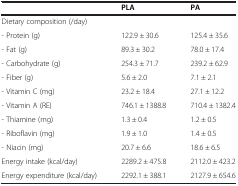
|  | PLA | PA |
 | --- | --- | --- |
 | Dietary composition (/day) |  |  |
 | - Protein (g) | 122.9 ± 30.6 | 125.4 ± 35.6 |
 | - Fat (g) | 89.3 ± 30.2 | 78.0 ± 17.4 |
 | - Carbohydrate (g) | 254.3 ± 71.7 | 239.2 ± 62.9 |
 | - Fiber (g) | 5.6 ± 2.0 | 7.1 ± 2.1 |
 | - Vitamin C (mg) | 23.2 ± 18.4 | 27.1 ± 12.2 |
 | - Vitamin A (RE) | 746.1 ± 1388.8 | 710.4 ± 1382.4 |
 | - Thiamine (mg) | 1.3 ± 0.4 | 1.2 ± 0.5 |
 | - Riboflavin (mg) | 1.9 ± 1.0 | 1.4 ± 0.5 |
 | - Niacin (mg) | 20.7 ± 6.6 | 18.6 ± 6.5 |
 | Energy intake (kcal/day) | 2289.2 ± 475.8 | 2112.0 ± 423.2 |
 | Energy expenditure (kcal/day) | 2292.1 ± 388.1 | 2127.9 ± 654.6 |